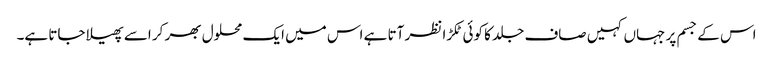
اس کے جسم پر جہاں کہیں صاف جلد کا کوئی ٹکڑا نظر آتا ہے اس میں ایک محلول بھر کر اسے پھیلا جاتا ہے۔